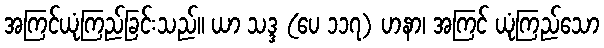
အကြင်ယုံကြည်ခြင်းသည်။ ယာ သဒ္ဒ (ပေ ၁၁၇) ဟနာ၊ အကြင် ယုံကြည်သော